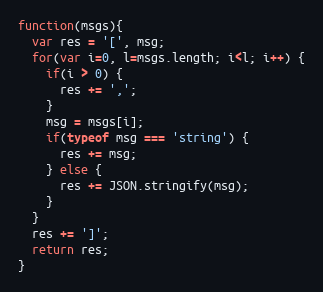
Language: JavaScript
function(msgs){
  var res = '[', msg;
  for(var i=0, l=msgs.length; i<l; i++) {
    if(i > 0) {
      res += ',';
    }
    msg = msgs[i];
    if(typeof msg === 'string') {
      res += msg;
    } else {
      res += JSON.stringify(msg);
    }
  }
  res += ']';
  return res;
}